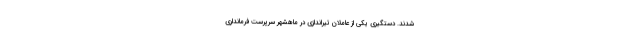
شدند. دستگیری یکی از عاملان تیراندازی‌ در ماهشهر سرپرست فرمانداری